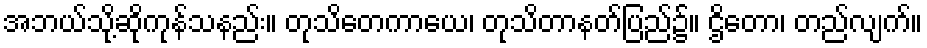
အဘယ်သို့ဆိုကုန်သနည်း။ တုသိတေကာယေ၊ တုသိတာနတ်ပြည်၌။ ဌိတော၊ တည်လျက်။